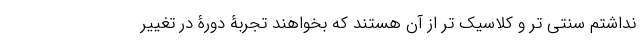
نداشتم سنتی تر و کلاسیک تر از آن هستند که بخواهند تجربۀ دورۀ در تغییر